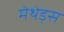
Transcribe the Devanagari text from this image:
मेथेड्स